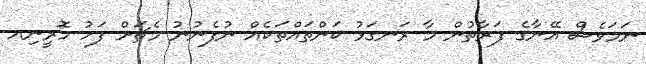
ނަމަވެސް އޭނާގެ ފަރާތުން މާ ރަނގަޅު ކަންތައްތަކެއް ނުފެނުނު މެޗަށް ފަހު މޮރީނިއ